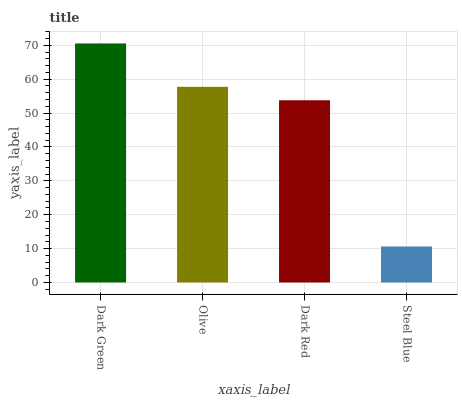
| xaxis_label | bars |
 | --- | --- |
 | Dark Green | 70.5 |
 | Olive | 57.7 |
 | Dark Red | 53.8 |
 | Steel Blue | 10.6 |